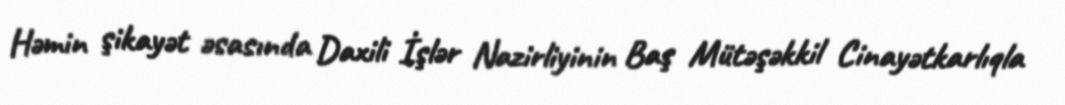
Həmin şikayət əsasında Daxili İşlər Nazirliyinin Baş Mütəşəkkil Cinayətkarlıqla